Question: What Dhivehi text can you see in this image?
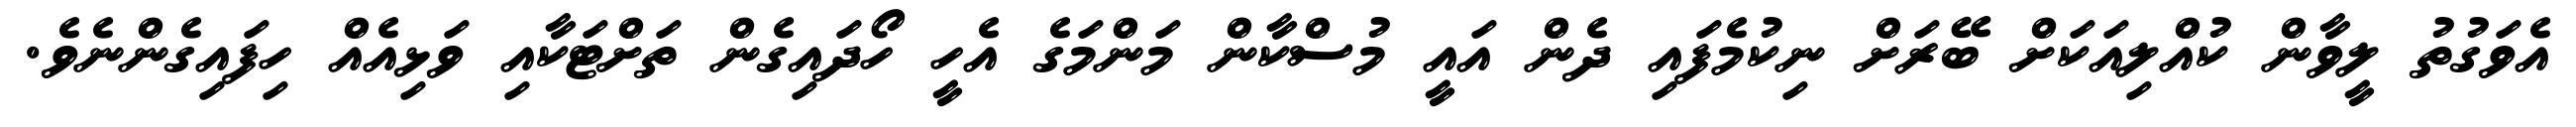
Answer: އެވަގުތު ލީވާން ކުއްލިއަކަށް ބޭރަށް ނިކުމެފައި ދެން އައީ މުސްކާން މަންމަގެ އެހީ ހޯދައިގެން ތަށްޓަކާއި ވަޅިއެއް ހިފައިގެންނެވެ.